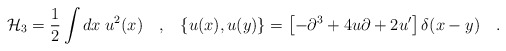
\begin{align*}{\cal H}_3 = \frac{1}{2} \int dx \; u^2(x) \quad , \;\;\;\{ u(x),u(y) \} = \left[ -\partial^3+ 4u\partial+ 2 u{}' \right] \delta (x-y) \quad .\end{align*}